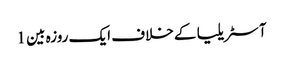
آسٹریلیا کے خلاف ایک روزہ بین 1